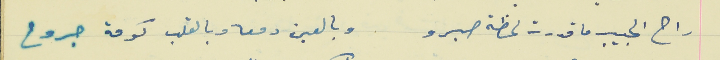
راح الحبيب ما قدرت لحظة صبرو                           وبالعين دمعه وبالقلب كومة جروح